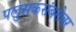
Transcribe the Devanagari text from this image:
पलुसकरांबरोबर